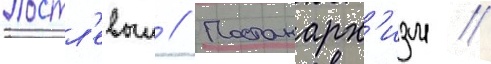
Постл'евыи // Постанарх'изм //